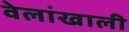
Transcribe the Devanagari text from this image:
वेलांखाली